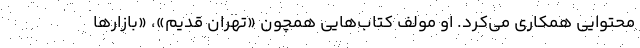
محتوایی همکاری می‌کرد. او مولف کتاب‌هایی همچون «تهران قدیم»، «بازارها